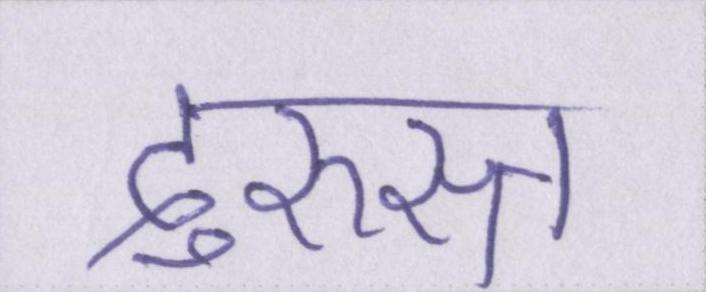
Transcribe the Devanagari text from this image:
दुरुस्त